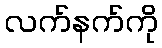
လက်နက်ကို